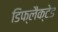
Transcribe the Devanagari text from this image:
डिफ्लैक्टेड